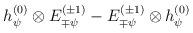
LaTeX: \begin{align*}h_{\psi}^{(0)} \otimes E_{\mp \psi}^{(\pm 1)}- E_{\mp \psi}^{(\pm 1)}\otimes h_{\psi}^{(0)}\end{align*}